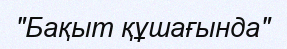
"Бақыт құшағында"